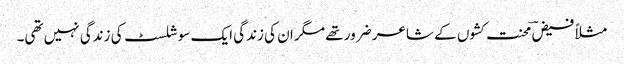
مثلاً فیضؔ محنت کشوں کے شاعر ضرور تھے مگر ان کی زندگی ایک سوشلسٹ کی زندگی نہیں تھی۔